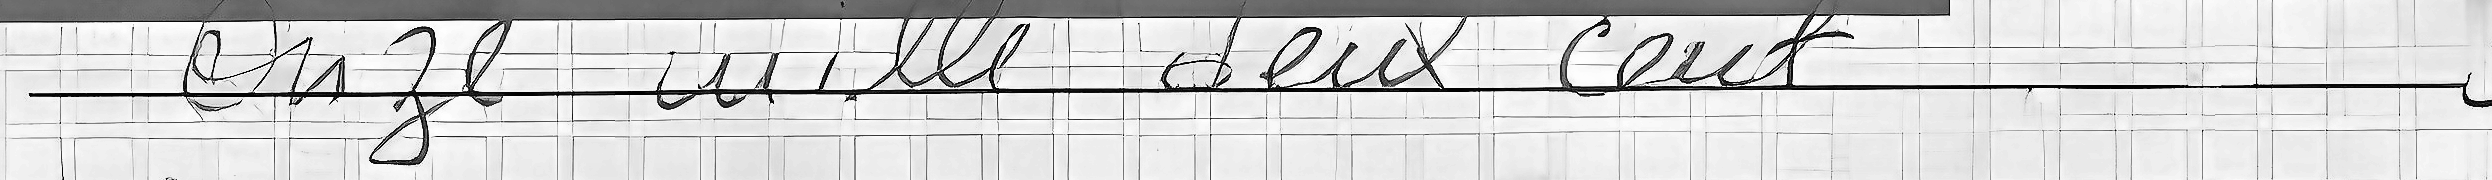
Onze mille deux cent